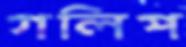
গলিপ